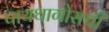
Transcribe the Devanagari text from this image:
पायथागोसची